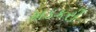
મડકરી